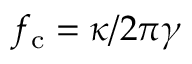
f _ { \mathrm { c } } = \kappa / 2 \pi \gamma